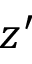
z ^ { \prime }